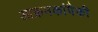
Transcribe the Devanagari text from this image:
आक्रमकांपैकी